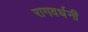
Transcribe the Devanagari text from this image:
रागवर्धनी